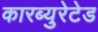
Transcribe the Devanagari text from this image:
कारब्युरेटेड